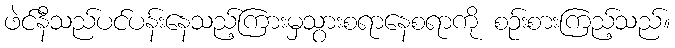
ဖဲင်နီသည်ပင်ပန်းနေသည့်ကြားမှသွားစရာနေစရာကို စဉ်းစားကြည့်သည်။